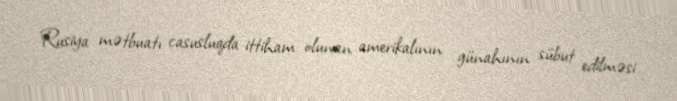
Rusiya mətbuatı casusluqda ittiham olunan amerikalının günahının sübut edilməsi